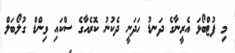
މި ފުޓްބޯޅަ އެރީނާގެ ދަނޑު ހަދަނީ ދެކުނު ކޮރެއާގެ ސްކައި ވިންޑް ގުލޯބަލް